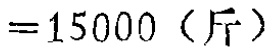
$=15000 \ (\mathrm{斤})$